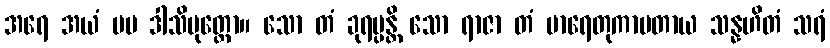
အရေ အယံ မမ ဒါသိပုတ္တော။ သော တံ ခုရပ္ပန္တိ သော ရာဇာ တံ မာရေတုကာမတာယ သန္နဟိတံ သရံ